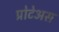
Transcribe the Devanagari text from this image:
प्रोटेअस